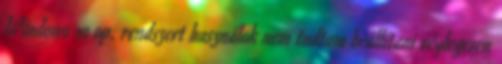
Windows 10 op. rendszert használok nem tudtam beállítani véglegesen